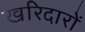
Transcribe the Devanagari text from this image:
खरिदारों